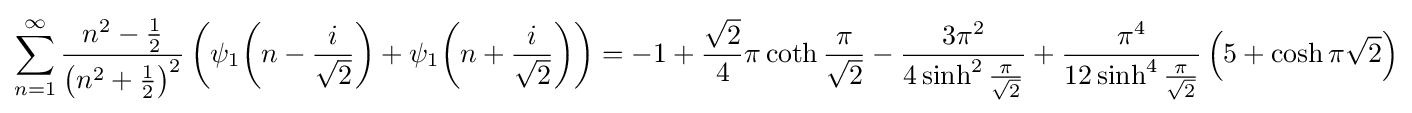
\sum _{n=1}^{\infty }{\frac {n^{2}-{\frac {1}{2}}}{\left(n^{2}+{\frac {1}{2}}\right)^{2}}}\left(\psi _{1}{\bigg (}n-{\frac {i}{\sqrt {2}}}{\bigg )}+\psi _{1}{\bigg (}n+{\frac {i}{\sqrt {2}}}{\bigg )}\right)=-1+{\frac {\sqrt {2}}{4}}\pi \coth {\frac {\pi }{\sqrt {2}}}-{\frac {3\pi ^{2}}{4\sinh ^{2}{\frac {\pi }{\sqrt {2}}}}}+{\frac {\pi ^{4}}{12\sinh ^{4}{\frac {\pi }{\sqrt {2}}}}}\left(5+\cosh \pi {\sqrt {2}}\right)